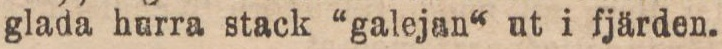
glada hurra stack “galejan“ ut i fjärden.